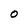
Character: 0